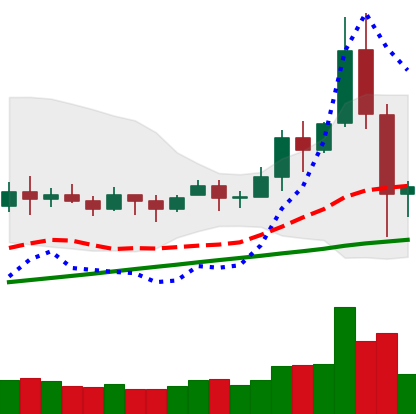
Ticker: BNB-USD
Chart end date: 2020-11-27
Forward return: 6.399%
Label: up_5_7